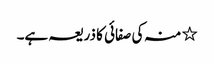
٭ منہ کی صفائی کا ذریعہ ہے۔